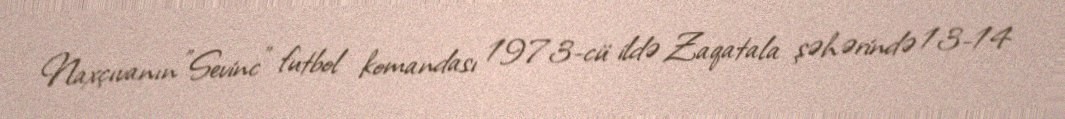
Naxçıvanın "Sevinc" futbol komandası 1973-cü ildə Zaqatala şəhərində 13-14